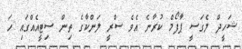
ޝަހީދް ލެގަސީ ޕާފޯމް ކުރާނެ އެވެ ސްރީ ލަންކާގެ ތިން ސިޓީއެއްގައި ހަ